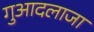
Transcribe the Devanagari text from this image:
गुआदलाजा